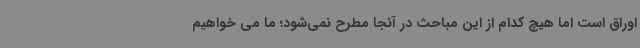
اوراق است اما هیچ کدام از این مباحث در آنجا مطرح نمی‌شود؛ ما می خواهیم